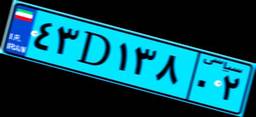
۹۱D۶۳۳۶۸